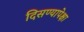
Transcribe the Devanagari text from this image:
दिसण्यापेक्षा